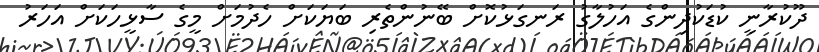
ދޫކުރާނީ ކުޑަކުދިންގެ އަހުލާގު ރަނގަޅުކޮށް ބޭނުންތެރި ބަޔަކަށް ހެދުމަށް މީގެ ސާޅީހަކަށް އަހަރު